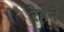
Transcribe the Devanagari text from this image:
रेहेने